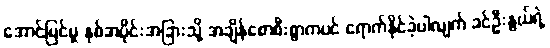
အောင်မြင်မှု နှစ်အပိုင်းအခြားသို့ အချိန်စောစီးစွာကပင် ရောက်နိုင်ခဲ့ပါလျက် ခင်ဦးနွယ်ရဲ့